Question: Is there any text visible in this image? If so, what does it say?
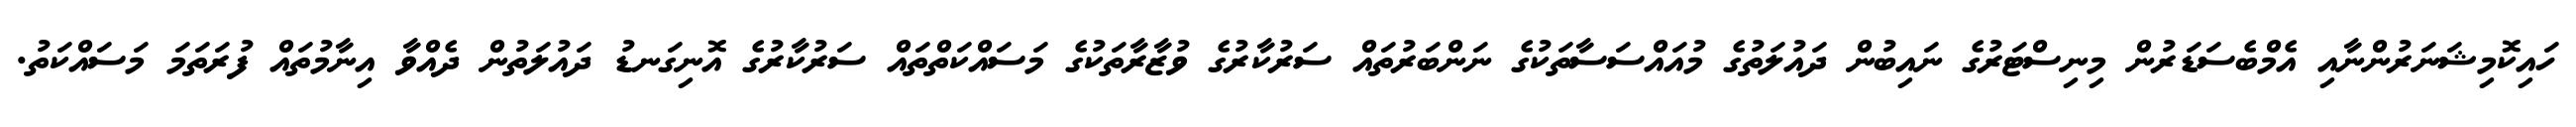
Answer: ހައިކޮމިޝަނަރުންނާއި އެމްބެސަޑަރުން މިނިސްޓަރުގެ ނައިބުން ދައުލަތުގެ މުއައްސަސާތަކުގެ ނަންބަރުތައް ސަރުކާރުގެ ވުޒާރާތަކުގެ މަސައްކަތްތައް ސަރުކާރުގެ އޮނިގަނޑު ދައުލަތުން ދެއްވާ އިނާމުތައް ފުރަތަމަ މަސައްކަތު.